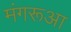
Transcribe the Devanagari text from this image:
मंगरूआ